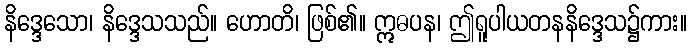
နိဒ္ဒေသော၊ နိဒ္ဒေသသည်။ ဟောတိ၊ ဖြစ်၏။ ဣဓပန၊ ဤရူပါယတနနိဒ္ဒေသ၌ကား။